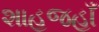
શાહજહાઁ